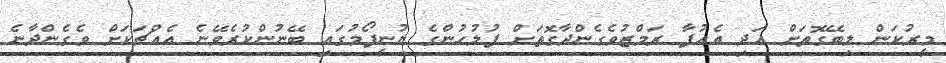
މީރުކަން ލިބޭގޮތަށް އަދި އެއުފާ ރަމްޒުވެގެންދާގޮތަށް ފުލުހުންގެ ޔުނީފޯމުގައި ބޭނުންކުރެވޭނެ އެއްޗަކަށް ވެގެންދާނެ